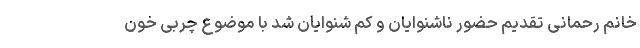
خانم رحمانی تقدیم حضور ناشنوایان و کم شنوایان شد با موضوع چربی خون